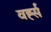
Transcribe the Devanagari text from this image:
वर्ह्स